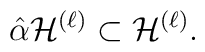
\hat \alpha {\cal H}^{(\ell )}\subset {\cal H}^{(\ell )}.